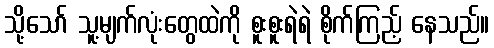
သို့သော် သူ့မျက်လုံးတွေထဲကို စူးစူးရဲရဲ စိုက်ကြည့် နေသည်။